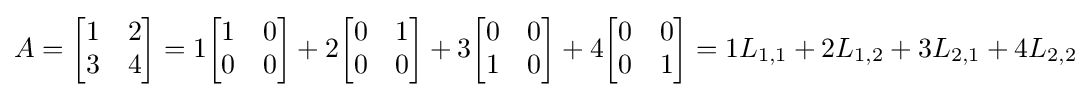
A={\begin{bmatrix}1&2\\3&4\end{bmatrix}}=1{\begin{bmatrix}1&0\\0&0\end{bmatrix}}+2{\begin{bmatrix}0&1\\0&0\end{bmatrix}}+3{\begin{bmatrix}0&0\\1&0\end{bmatrix}}+4{\begin{bmatrix}0&0\\0&1\end{bmatrix}}=1L_{1,1}+2L_{1,2}+3L_{2,1}+4L_{2,2}